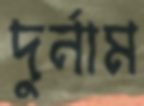
দুর্নাম